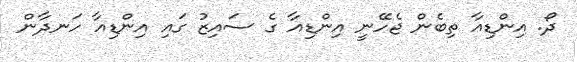
ދޯ. އިންޑިއާ ތިބެން ޖެހޭނީ އިންޑިއާ ގެ ސައިޒު ގައި އިންޑިއާ ހަނދާން